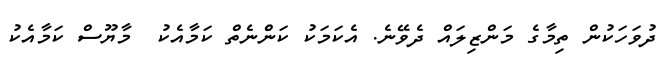
ދުވަހަކުން ތިމާގެ މަންޒިލައް ދެވޭނެ. އެކަމަކު ކަންެނެތް ކަމާއެކު  މާޔޫސް ކަމާއެކު